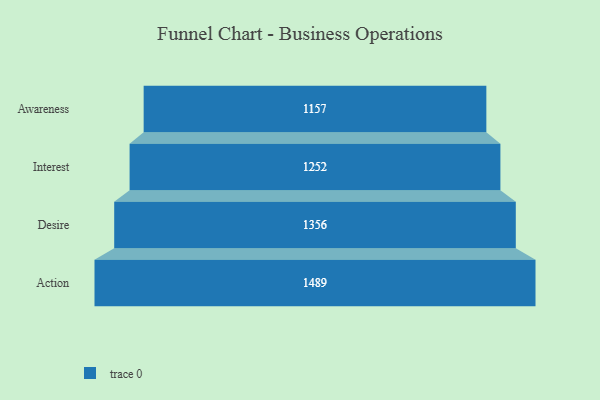
{"axis": {"x": "Stage", "y": "Value"}, "legend": [""], "data": [{"x": "Awareness", "y": 1157.0, "type": ""}, {"x": "Interest", "y": 1252.0, "type": ""}, {"x": "Desire", "y": 1356.0, "type": ""}, {"x": "Action", "y": 1489.0, "type": ""}]}